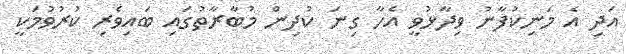
އަދި އެ މަނިކުފާނު ވިދާޅުވީ އެހާ ގިނަ ކުދިން މުބާރާތުގައި ބައިވެރި ކުރުވުމަކީ